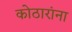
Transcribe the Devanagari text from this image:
कोठारांना